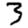
Digit: 3